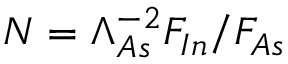
N = \Lambda _ { A s } ^ { - 2 } F _ { I n } / F _ { A s }